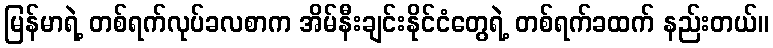
မြန်မာရဲ့ တစ်ရက်လုပ်ခလစာက အိမ်နီးချင်းနိုင်ငံတွေရဲ့ တစ်ရက်ခထက် နည်းတယ်။